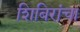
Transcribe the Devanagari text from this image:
शिबिरांचा